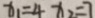
x _ { 1 } = 4 x _ { 2 } = 7